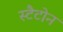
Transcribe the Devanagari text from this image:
स्टैटोन